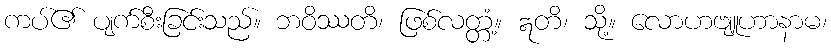
ကပ်၏ ပျက်စီးခြင်းသည်။ ဘဝိဿတိ၊ ဖြစ်လတ္တံ့။ ဣတိ၊ သို့။ လောဟဗျူဟာနာမ၊